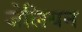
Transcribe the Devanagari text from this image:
जेलियन